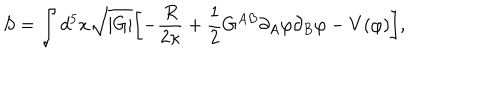
LaTeX: S = \int d ^ { 5 } x \sqrt { | G | } \biggl [ - \frac { R } { 2 \kappa } + \frac { 1 } { 2 } G ^ { A B } \partial _ { A } \varphi \partial _ { B } \varphi - V ( \varphi ) \biggr ] ,